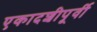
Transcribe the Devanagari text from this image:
एकादशीपूर्वी